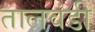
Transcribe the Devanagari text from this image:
तालवंडी